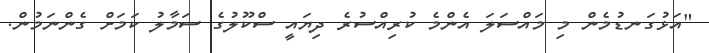
"އަޅުގަނޑުމެން މި މައްސަލަ އެންމެ ކުރިއްސުރެ ދިޔައީ ސްކޫލުގެ ސަމާލު ކަމަށް ގެންނަމުން.